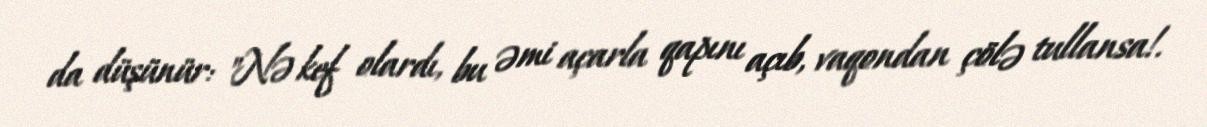
da düşünür: "Nə kef olardı, bu əmi açarla qapını açıb, vaqondan çölə tullansa!.